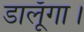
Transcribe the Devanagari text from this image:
डालूँगा।